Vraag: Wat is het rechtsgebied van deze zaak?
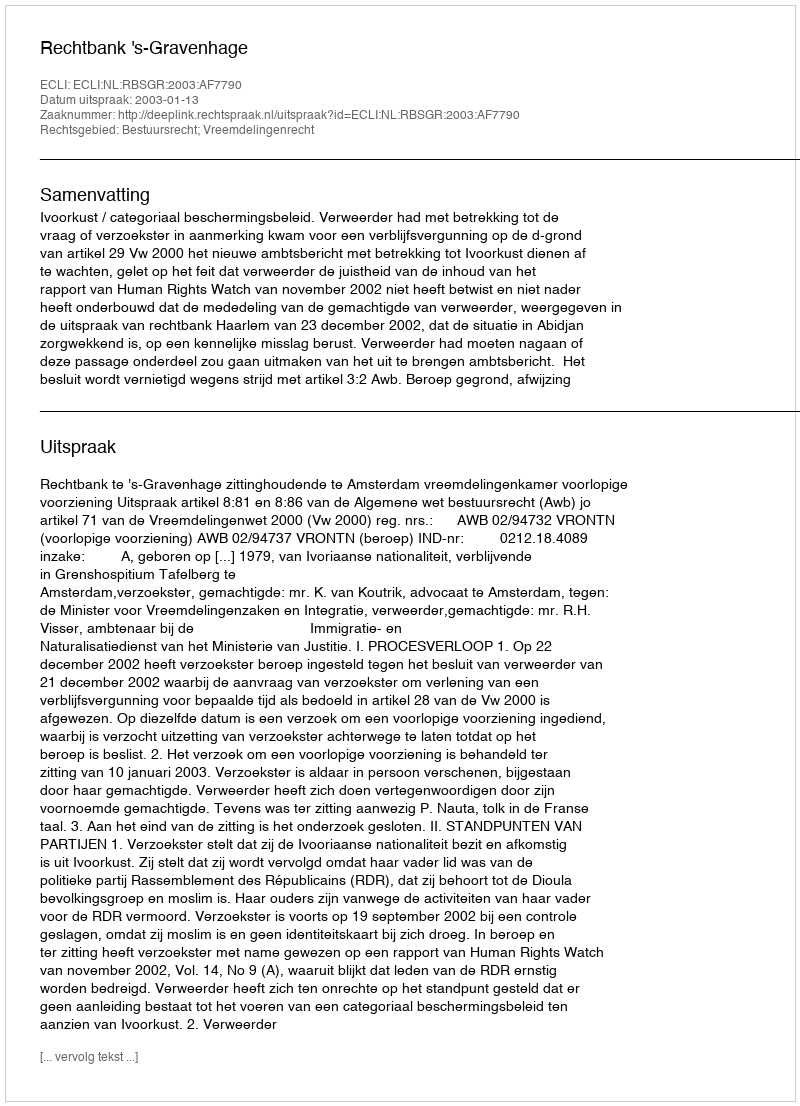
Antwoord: Bestuursrecht; Vreemdelingenrecht